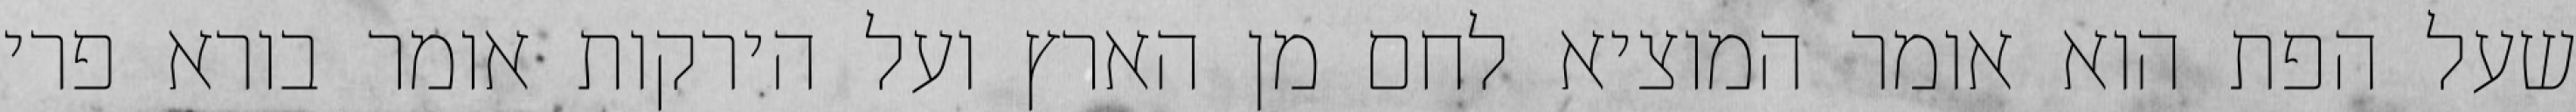
שעל הפת הוא אומר המוציא לחם מן הארץ ועל הירקות אומר בורא פרי